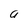
Character: a